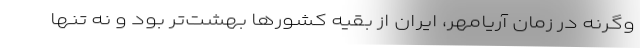
وگرنه در زمان آریامهر، ایران از بقیه کشورها بهشت‌تر بود و نه تنها